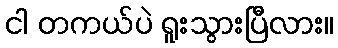
ငါ တကယ်ပဲ ရူးသွားပြီလား။